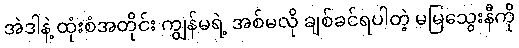
အဲဒါနဲ့ ထုံးစံအတိုင်း ကျွန်မရဲ့ အစ်မလို ချစ်ခင်ရပါတဲ့ မမြသွေးနီကို